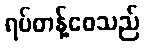
ရပ်တန့်စေသည်